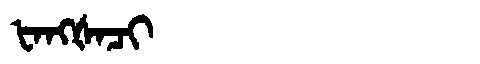
Manchu: ᡶᠠᠩᡧᠠᠴᡳ
Romanization: FANGŠACI